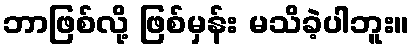
ဘာဖြစ်လို့ ဖြစ်မှန်း မသိခဲ့ပါဘူး။